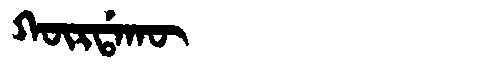
Manchu: ᡴᡡᡵᡩᠠᡴᡡ
Romanization: KŪRDAKŪ